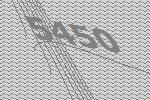
5450